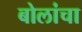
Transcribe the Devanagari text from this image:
बोलांचा